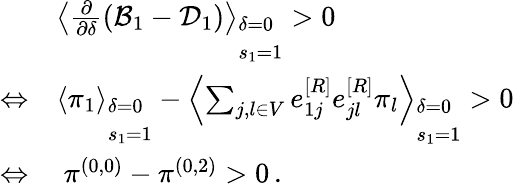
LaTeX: \begin{array}{rl}&{\left\langle\frac{\partial}{\partial\delta}(\mathcal{B}_{1}-\mathcal{D}_{1})\right\rangle_{\begin{array}{l}{\delta=0}\\ {s_{1}=1}\end{array}}>0}\\ {\Leftrightarrow}&{\left\langle\pi_{1}\right\rangle_{\begin{array}{l}{\delta=0}\\ {s_{1}=1}\end{array}}-\left\langle\sum_{j,l\in V}e_{1j}^{[R]}e_{jl}^{[R]}\pi_{l}\right\rangle_{\begin{array}{l}{\delta=0}\\ {s_{1}=1}\end{array}}>0}\\ {\Leftrightarrow}&{~\pi^{(0,0)}-\pi^{(0,2)}>0\, .}\end{array}